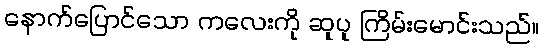
နောက်ပြောင်သော ကလေးကို ဆူပူ ကြိမ်းမောင်းသည်။